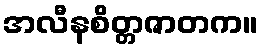
အလီနစိတ္တဇာတက။